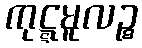
ကုဋ္ဋမူလဉ္စ